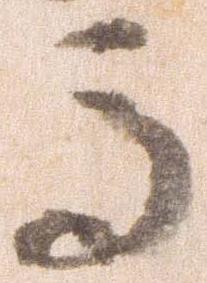
馬